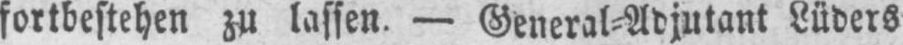
fortbestehen zu lassen. - General⸗Adjutant Lüders